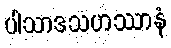
ပါသာဒသဟဿာနံ